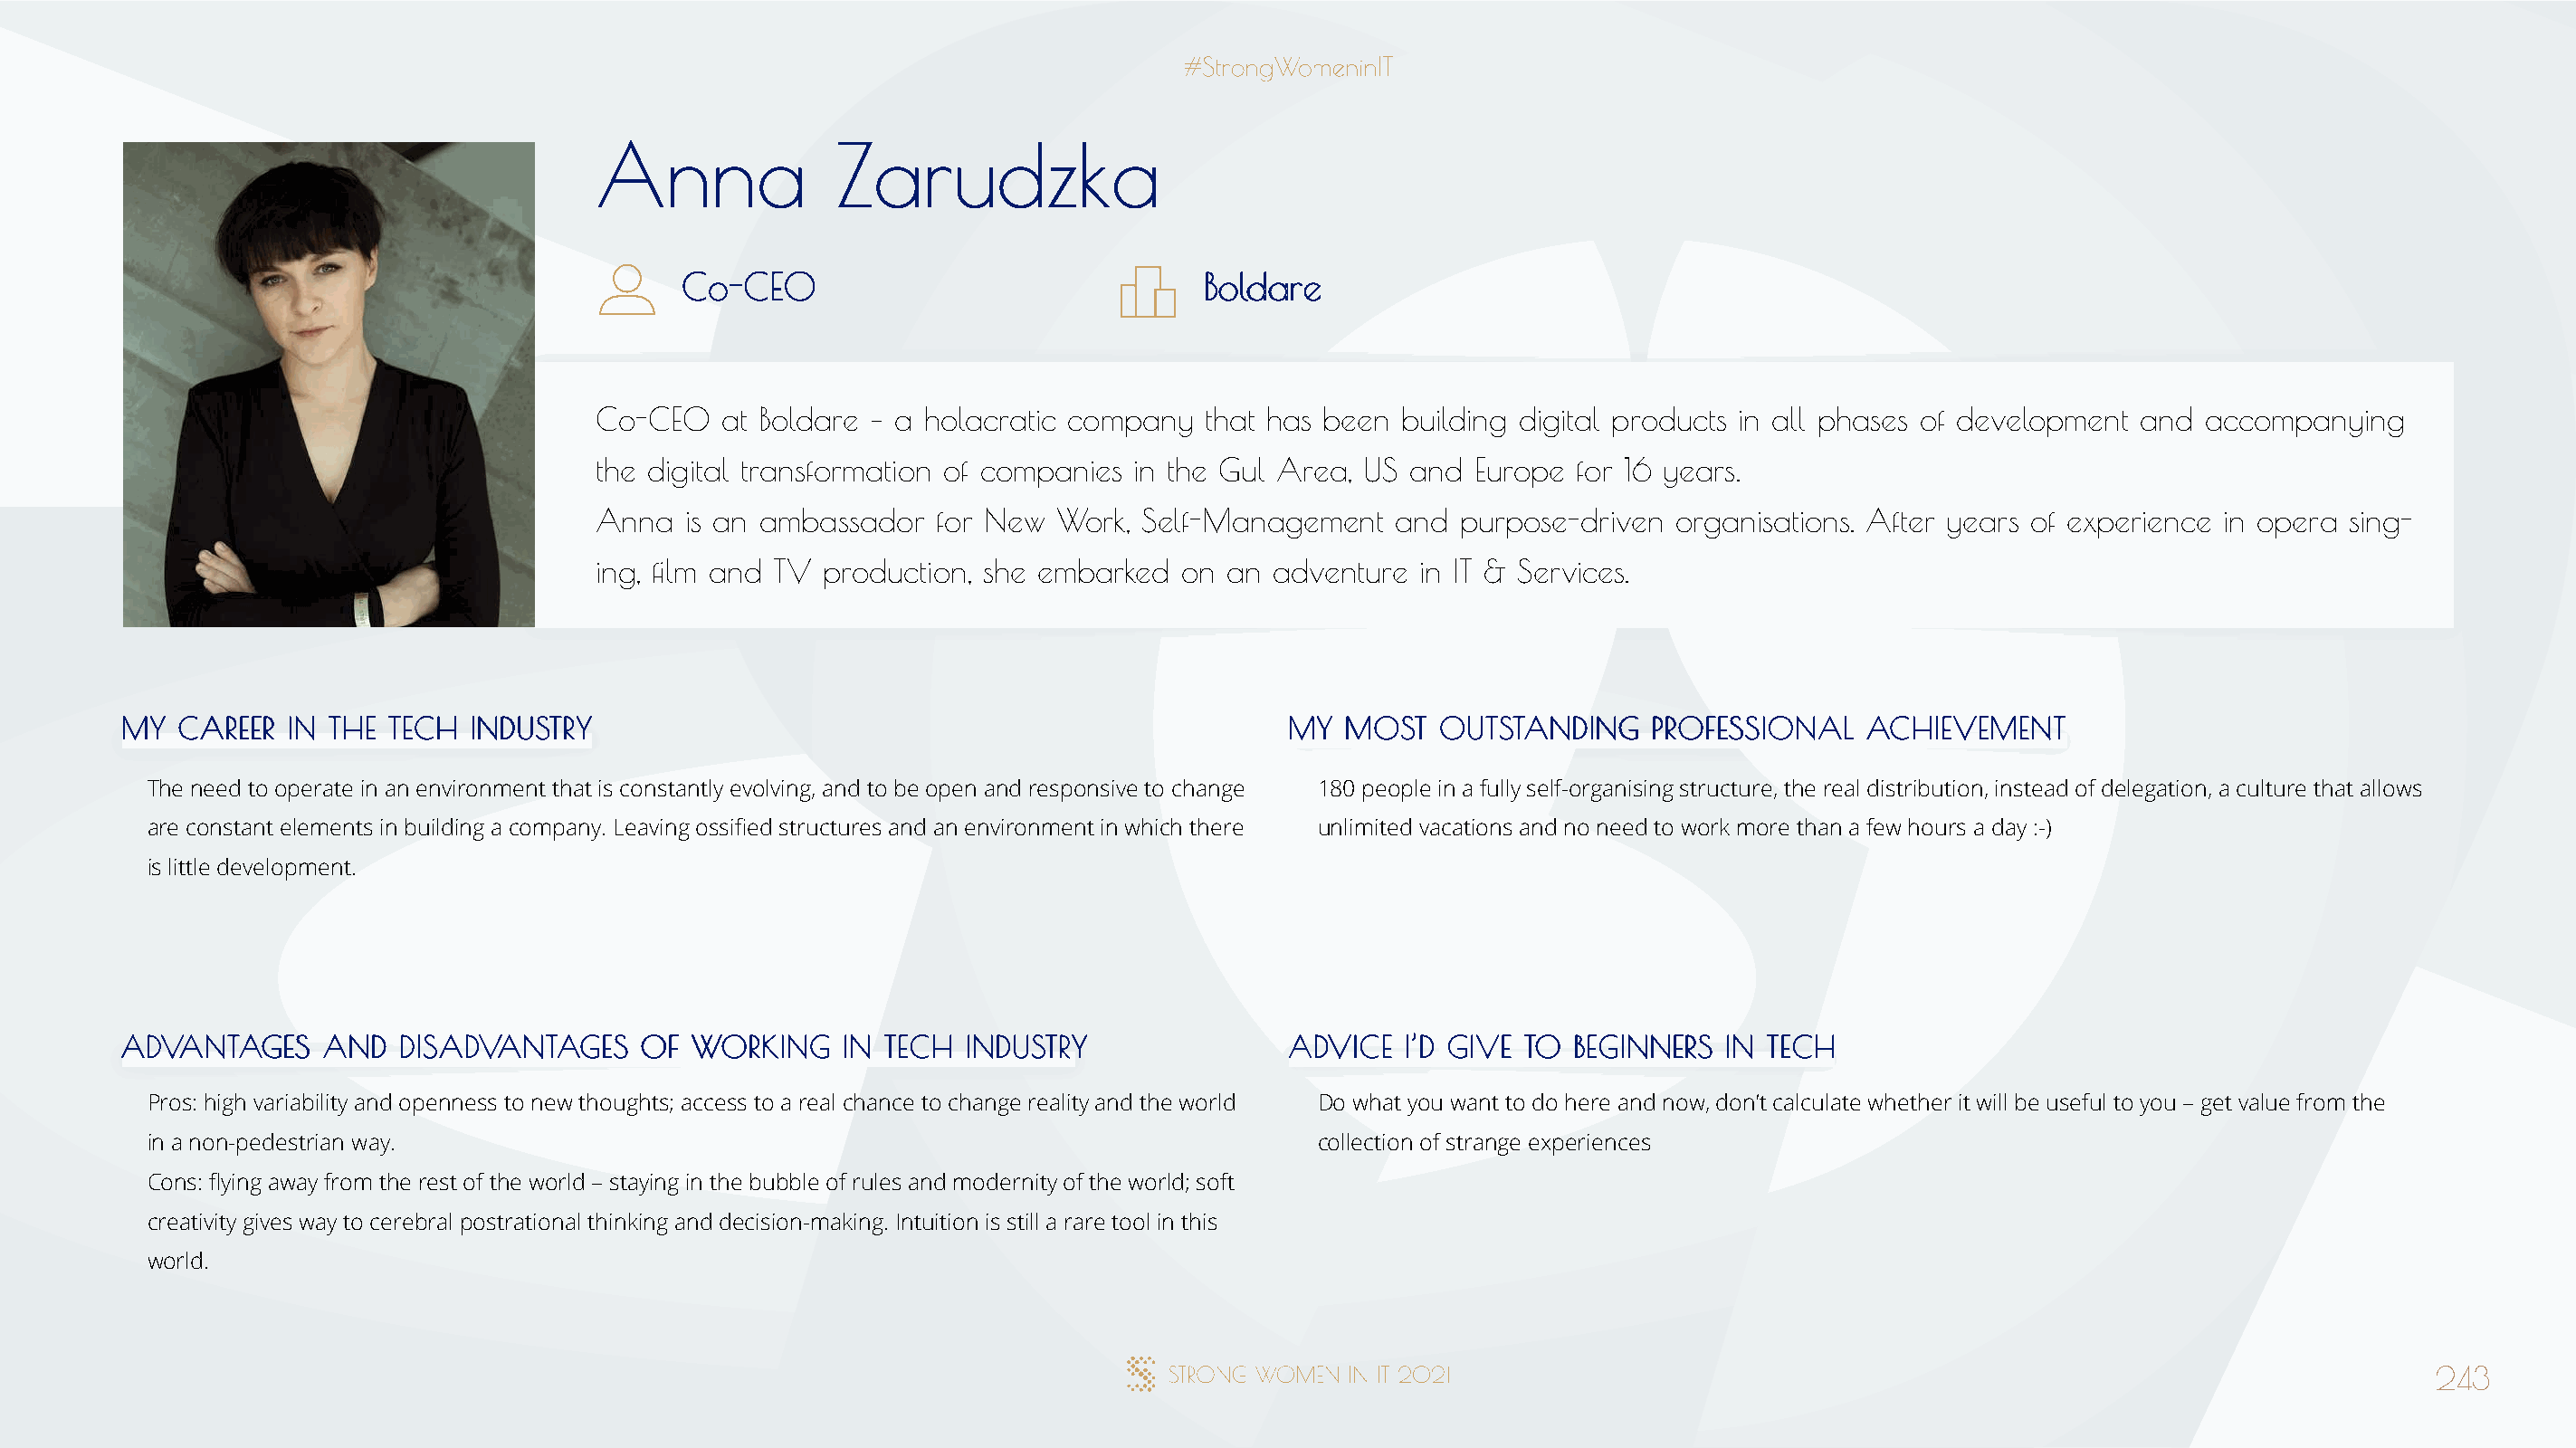
AAnnnnaa         ZZaarruuddzzkkaa
 CCoo--CCEEOO                          BBoollddaarree
 Co-CEO   at Boldare – a holacratic company  that has been building digital products in all phases of development and accompanying
 the digital transformation of companies in the Gul Area, US and Europe for 16 years.
 Anna  is an ambassador  for New  Work,  Self-Management   and  purpose-driven  organisations. After years of experience in opera sing-
 ing, film and TV production, she embarked on  an adventure  in IT & Services.
 MMYY CCAARREEEERR IINN TTHHEE TTEECCHH IINNDDUUSSTTRRYY                              MMYY MMOOSSTT OOUUTTSSTTAANNDDIINNGG PPRROOFFEESSSSIIOONNAALL AACCHHIIEEVVEEMMEENNTT
 The need to operate in an environment that is constantly evolving, and to be open and responsive to change 180 people in a fully self-organising structure, the real distribution, instead of delegation, a culture that allows
 are constant elements in building a company. Leaving ossified structures and an environment in which there unlimited vacations and no need to work more than a few hours a day :-)
 is little development.
 AADDVVAANNTTAAGGEESS AANNDD DDIISSAADDVVAANNTTAAGGEESS OOFF WWOORRKKIINNGG IINN TTEECCHH IINNDDUUSSTTRRYY AADDVVIICCEE II’’DD GGIIVVEE TTOO BBEEGGIINNNNEERRSS IINN TTEECCHH
 Pros: high variability and openness to new thoughts; access to a real chance to change reality and the world Do what you want to do here and now, don’t calculate whether it will be useful to you – get value from the
 in a non-pedestrian way.                                                             collection of strange experiences
 Cons: flying away from the rest of the world – staying in the bubble of rules and modernity of the world; soft
 creativity gives way to cerebral postrational thinking and decision-making. Intuition is still a rare tool in this
 world.
 243